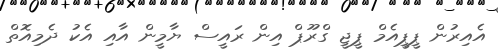
އެއިރުން ޕީޕީއެމް ޕީޖީ ގްރޫޕް އިން ރައީސް ޔާމީން އާއި އެކު ދެމިއޮތް